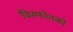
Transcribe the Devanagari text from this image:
विस्फोतकों